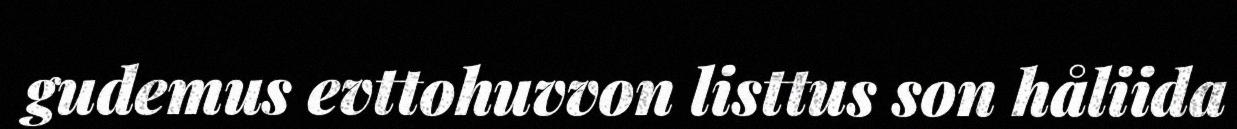
gudemus evttohuvvon listtus son håliida